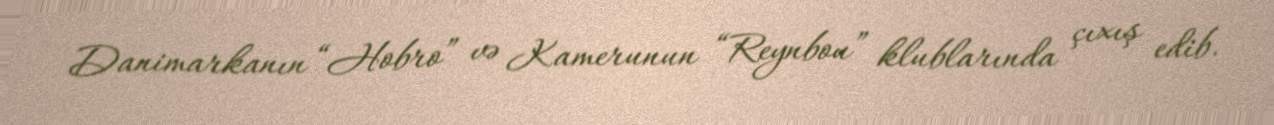
Danimarkanın “Hobro” və Kamerunun “Reynbou” klublarında çıxış edib.